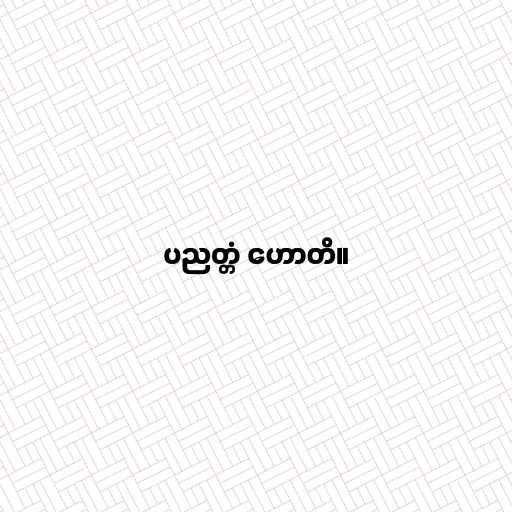
ပညတ္တံ ဟောတိ။